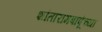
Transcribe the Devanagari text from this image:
शांतारामबापूंच्या